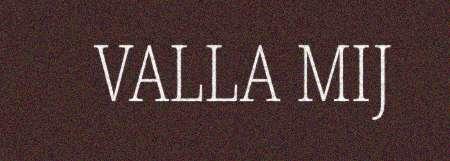
VALLA MIJ